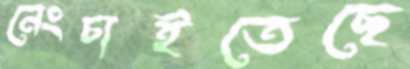
নেংচাইতেছে